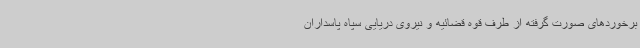
برخوردهای صورت گرفته از طرف قوه قضائیه و نیروی دریایی سپاه پاسداران